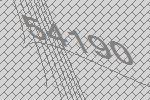
54190